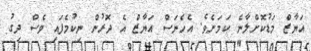
އަޔާޒް މަޑުކޮށްލާނެ ކަމަށެވެ. އެހެނަސް އަޔާޒް އެ ދޮރުން ނިކުމެފައި ވެސް ދިގު